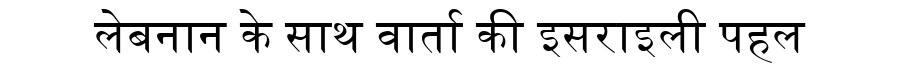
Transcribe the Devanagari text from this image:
लेबनान के साथ वार्ता की इसराइली पहल